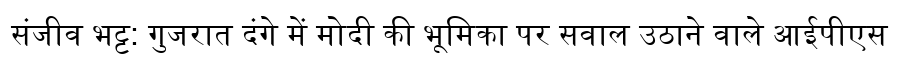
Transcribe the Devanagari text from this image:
संजीव भट्ट: गुजरात दंगे में मोदी की भूमिका पर सवाल उठाने वाले आईपीएस